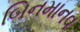
બિનમાનવ